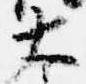
大